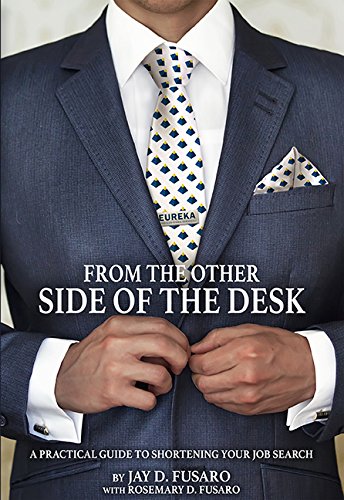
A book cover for From the Other Side of the Desk: A Practical Guide to Shortening Your Job Search; Jay D. Fusaro; Business & Money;